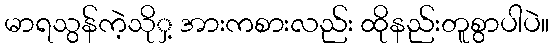
မာရသွန်ကဲ့သိုှ့ အားကစားလည်း ထိုနည်းတူစွာပါပဲ။